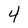
Character: 4